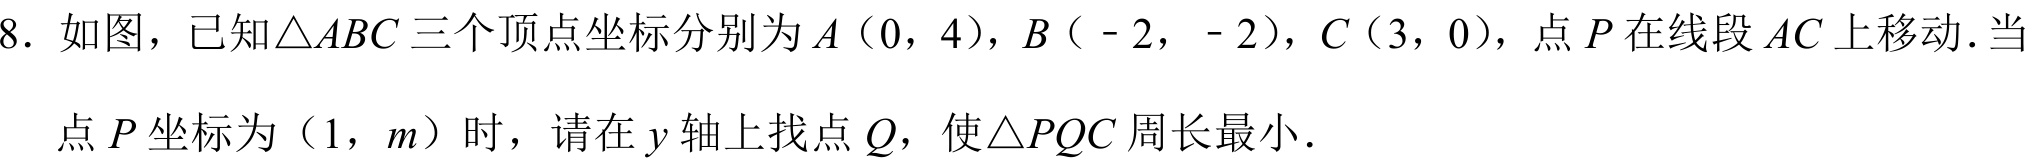
8. 如图，已知\(\triangle ABC\)三个顶点坐标分别为\(A(0,4)\)，\(B(-2,-2)\)，\(C(3,0)\)，点\(P\)在线段\(AC\)上移动．当点\(P\)坐标为\((1,m)\)时，请在\(y\)轴上找点\(Q\)，使\(\triangle PQC\)周长最小．